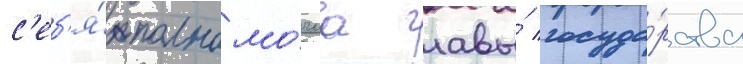
с'еб'я́ полномо́чиа главы́ госуда́рства